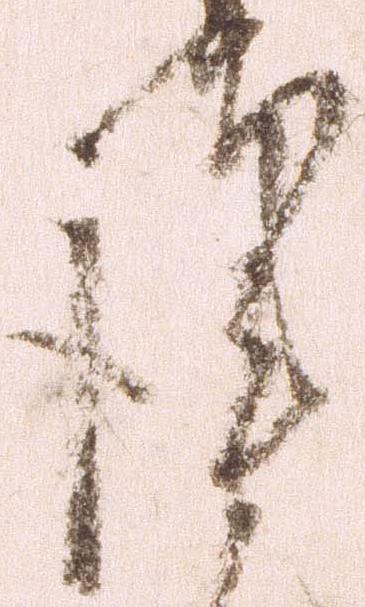
謹